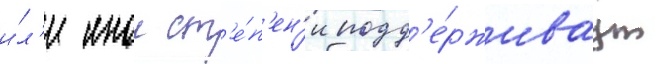
и́л'и инои ст'е́п'ен'и подд'е́рживаут